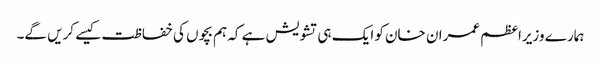
ہمارے وزیراعظم عمران خان کو ایک ہی تشویش ہے کہ ہم بچوں کی خفاظت کیسے کریں گے۔